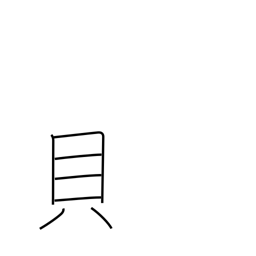
Meaning: shellfish